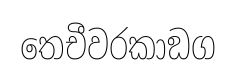
තෙචීවරකාඞග